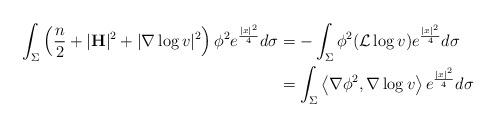
LaTeX: \begin{align*}\int_{\Sigma}\left(\dfrac{n}{2}+|{\bf H}|^2+|\nabla \log v|^2\right)\phi^2e^{\frac{|x|^2}{4}}d\sigma&=-\int_{\Sigma}\phi^2(\mathcal{L}\log v)e^{\frac{|x|^2}{4}}d\sigma\\&=\int_{\Sigma}\left<\nabla \phi^2, \nabla \log v\right>e^{\frac{|x|^2}{4}}d\sigma\end{align*}